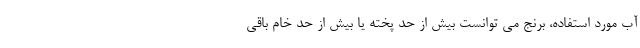
آب مورد استفاده، برنج می توانست بیش از حد پخته یا بیش از حد خام باقی